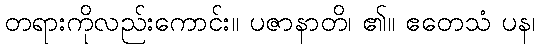
တရားကိုလည်းကောင်း။ ပဇာနာတိ၊ ၏။ ဧတေသံ ပန၊